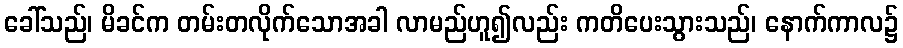
ခေါ်သည်၊ မိခင်က တမ်းတလိုက်သောအခါ လာမည်ဟူ၍လည်း ကတိပေးသွားသည်၊ နောက်ကာလ၌